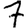
Digit: 7